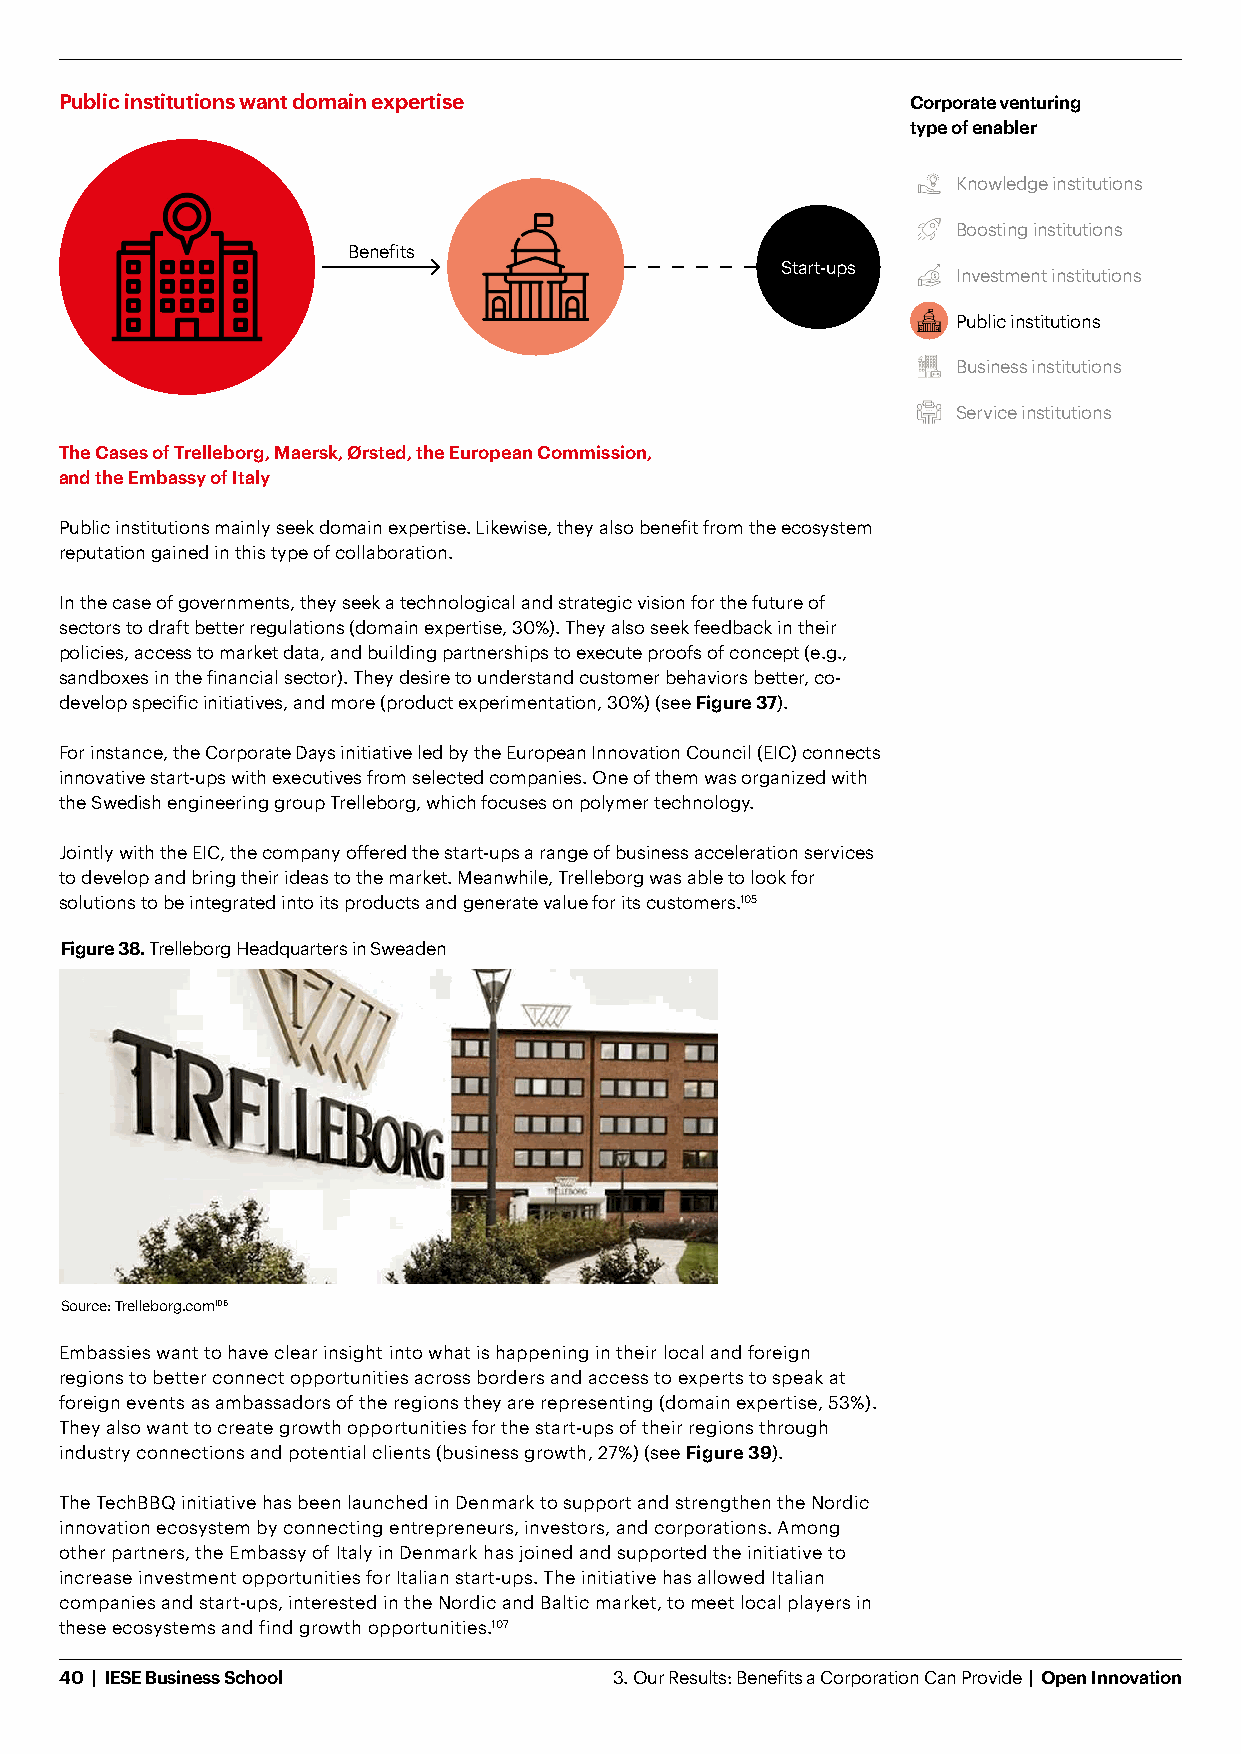
Public institutions want domain expertise               Corporate venturing
 type of enabler
 Knowledge institutions
 Boosting institutions
 Benefits
 Start-ups
 Investment institutions
 Public institutions
 Business institutions
 Service institutions
 The Cases of Trelleborg, Maersk, Ørsted, the European Commission,
 and the Embassy of Italy
 Public institutions mainly seek domain expertise. Likewise, they also benefit from the ecosystem
 reputation gained in this type of collaboration.
 In the case of governments, they seek a technological and strategic vision for the future of
 sectors to draft better regulations (domain expertise, 30%). They also seek feedback in their
 policies, access to market data, and building partnerships to execute proofs of concept (e.g.,
 sandboxes in the financial sector). They desire to understand customer behaviors better, co-
 develop specific initiatives, and more (product experimentation, 30%) (see Figure 37).
 For instance, the Corporate Days initiative led by the European Innovation Council (EIC) connects
 innovative start-ups with executives from selected companies. One of them was organized with
 the Swedish engineering group Trelleborg, which focuses on polymer technology.
 Jointly with the EIC, the company offered the start-ups a range of business acceleration services
 to develop and bring their ideas to the market. Meanwhile, Trelleborg was able to look for
 solutions to be integrated into its products and generate value for its customers.105
 Figure 38. Trelleborg Headquarters in Sweaden
 Source: Trelleborg.com106
 Embassies want to have clear insight into what is happening in their local and foreign
 regions to better connect opportunities across borders and access to experts to speak at
 foreign events as ambassadors of the regions they are representing (domain expertise, 53%).
 They also want to create growth opportunities for the start-ups of their regions through
 industry connections and potential clients (business growth, 27%) (see Figure 39).
 The TechBBQ initiative has been launched in Denmark to support and strengthen the Nordic
 innovation ecosystem by connecting entrepreneurs, investors, and corporations. Among
 other partners, the Embassy of Italy in Denmark has joined and supported the initiative to
 increase investment opportunities for Italian start-ups. The initiative has allowed Italian
 companies and start-ups, interested in the Nordic and Baltic market, to meet local players in
 these ecosystems and find growth opportunities.107
 40 | IESE Business School            3. Our Results: Benefits a Corporation Can Provide | Open Innovation